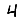
Digit: 4